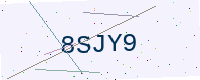
Text: 8SJY9